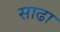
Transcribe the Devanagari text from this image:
साढा